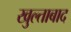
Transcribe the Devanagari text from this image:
खुल्ताबाद